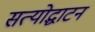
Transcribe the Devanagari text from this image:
सत्योद्घाटन